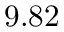
9 . 8 2